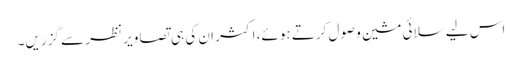
اس لیے سلائی مشین وصول کرتے ہوئے، اکثر ان کی ہی تصاویر نظر سے گزریں۔